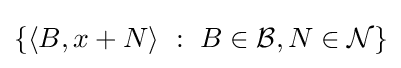
\{\langle B,x+N\rangle ~:~B\in {\mathcal {B}},N\in {\mathcal {N}}\}